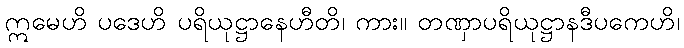
ဣမေဟိ ပဒေဟိ ပရိယုဋ္ဌာနေဟီတိ၊ ကား။ တဏှာပရိယုဋ္ဌာနဒီပကေဟိ၊